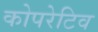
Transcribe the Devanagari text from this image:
कोपरेटिव